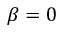
\beta = 0